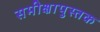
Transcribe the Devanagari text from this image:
समीक्षापुस्तक